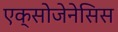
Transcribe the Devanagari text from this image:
एक्सोजेनेसिस